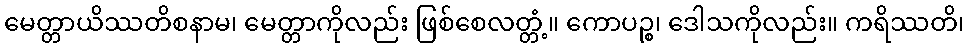
မေတ္တာယိဿတိစနာမ၊ မေတ္တာကိုလည်း ဖြစ်စေလတ္တံ့။ ကောပဉ္စ၊ ဒေါသကိုလည်း။ ကရိဿတိ၊